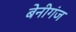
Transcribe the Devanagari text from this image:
बेनीगंज